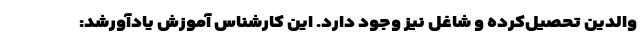
والدین تحصیل‌کرده و شاغل نیز وجود دارد. این کارشناس آموزش یادآورشد: